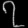
Digit: ၇